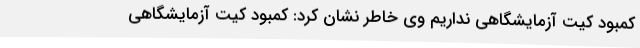
کمبود کیت آزمایشگاهی نداریم وی خاطر نشان کرد: کمبود کیت آزمایشگاهی